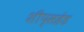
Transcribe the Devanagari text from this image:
शीप्सहेड